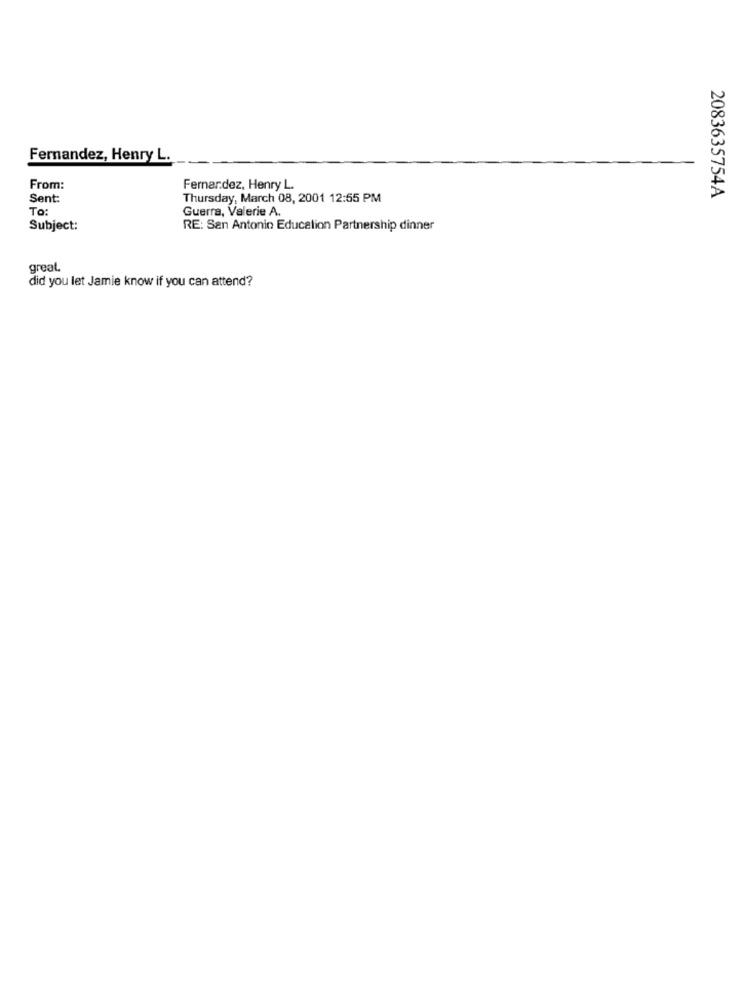
Fernandez, Henry L.
From:
Fernandez, Henry L.
Sent:
Thursday, March 08, 2001 12:55 PM
2083635754A
To:
Guerra, Valerie A.
Subject:
RE: San Antonio Education Partnership dinner
great
did you let Jamie know if you can attend?